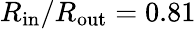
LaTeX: R_{\mathrm{in}}/R_{\mathrm{out}}=0.81